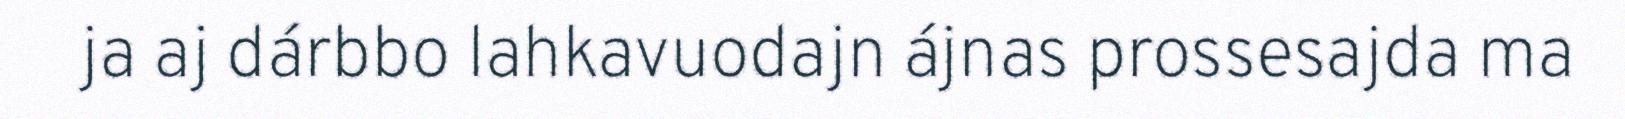
ja aj dárbbo lahkavuodajn ájnas prossesajda ma